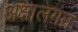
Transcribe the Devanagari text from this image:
अक्षालगत